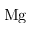
\mathrm { M g }